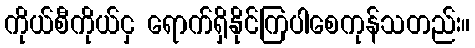
ကိုယ်စီကိုယ်ငှ ရောက်ရှိနိုင်ကြပါစေကုန်သတည်း။